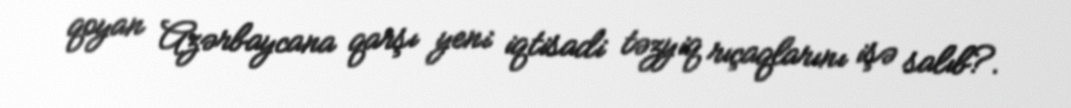
qoyan Azərbaycana qarşı yeni iqtisadi təzyiq rıçaqlarını işə salıb?.